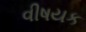
વીષયક